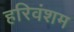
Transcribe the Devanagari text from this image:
हरिवंशम